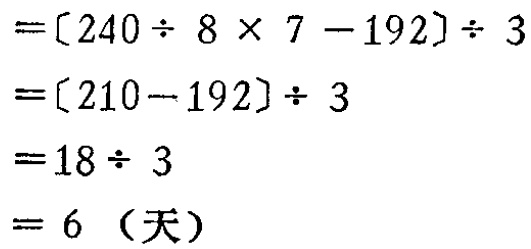
\[
\begin{align*}
&=[240\div 8\times 7 - 192]\div 3\\
&=[210 - 192]\div 3\\
&=18\div 3\\
&= 6\ (\text{天})
\end{align*}
\]